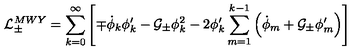
{ \cal L } _ { \pm } ^ { M W Y } = \sum _ { k = 0 } ^ { \infty } \left[ \mp \dot { \phi } _ { k } \phi _ { k } ^ { \prime } - { \cal G _ { \pm } } \phi _ { k } ^ { 2 } - 2 \phi _ { k } ^ { \prime } \sum _ { m = 1 } ^ { k - 1 } \left( \dot { \phi } _ { m } + { \cal G _ { \pm } } \phi _ { m } ^ { \prime } \right) \right]